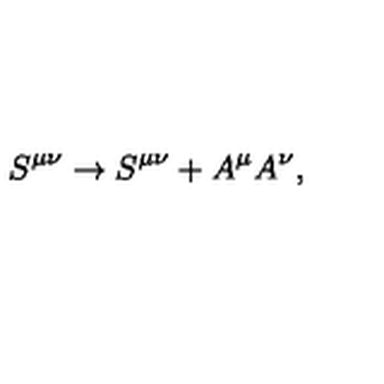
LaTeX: S ^ { \mu \nu } \rightarrow S ^ { \mu \nu } + A ^ { \mu } A ^ { \nu } ,